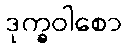
ဒုက္ခဝါစော